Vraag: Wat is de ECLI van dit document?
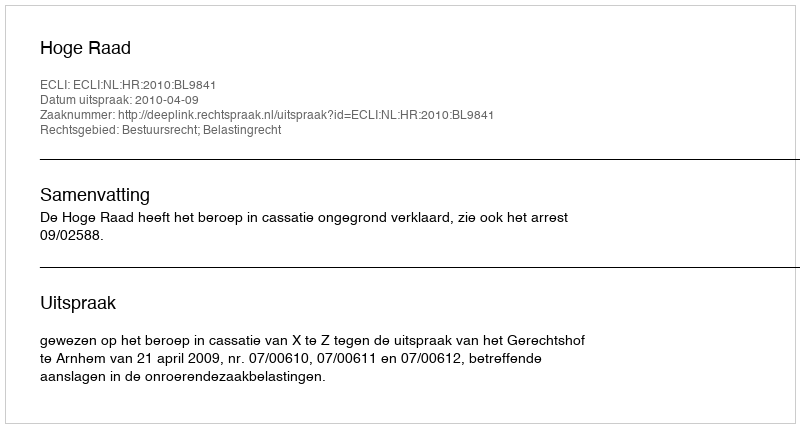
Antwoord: ECLI:NL:HR:2010:BL9841